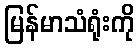
မြန်မာသံရုံးကို